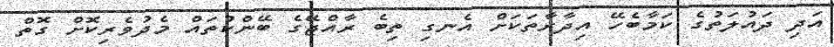
އަދި ދައުލަތުގެ ކަމާބެހޭ އިދާރާތަކަށް އެނގި ތިބެ ރާއްޖޭގެ ބޭންކުތައް މެދުވެރިކޮށް ގޮތް